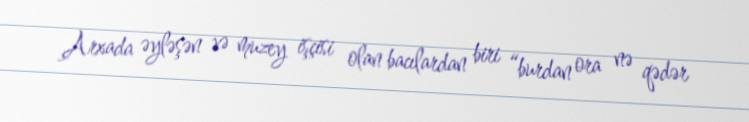
Arxada əyləşən və muzey işçisi olan bacılardan biri “burdan ora nə qədər